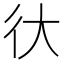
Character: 㣕